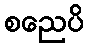
စညေပိ